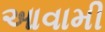
આવામી